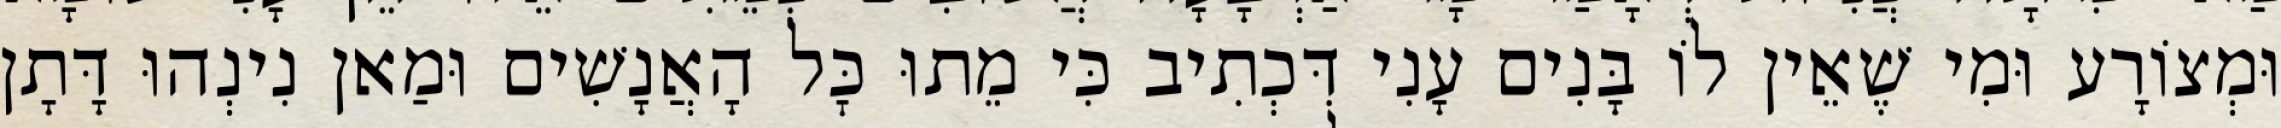
וּמְצוֹרָע וּמִי שֶׁאֵין לוֹ בָּנִים עָנִי דִּכְתִיב כִּי מֵתוּ כׇּל הָאֲנָשִׁים וּמַאן נִינְהוּ דָּתָן